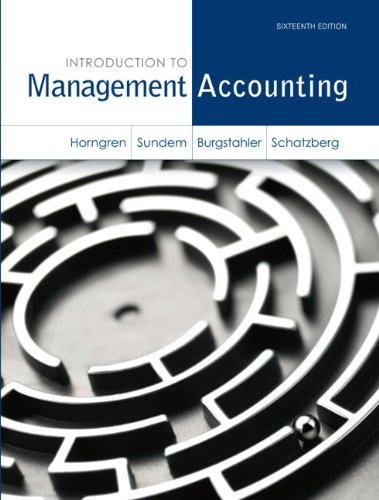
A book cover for Introduction to Management Accounting Plus NEW MyAccountingLab with Pearson eText -- Access Card Package (16th Edition); Charles T. Horngren; Business & Money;